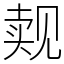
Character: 觌